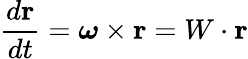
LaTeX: {\frac{d\mathbf{r}}{dt}}={\boldsymbol{\omega}}\times\mathbf{r}=W\cdot\mathbf{r}